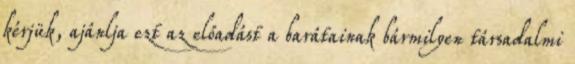
kérjük, ajánlja ezt az előadást a barátainak bármilyen társadalmi